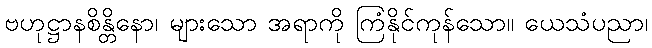
ဗဟုဋ္ဌာနစိန္တိနော၊ များသော အရာကို ကြံနိုင်ကုန်သော။ ယေသံပညာ၊